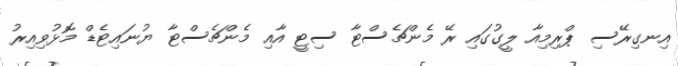
އިނގިރޭސި ޕްރިމިއާ ލީގުގައި ރޭ މެންޗެސްޓާ ސިޓީ އާއި މެންޗެސްޓާ ޔުނައިޓެޑް މޮޅުވިއިރު